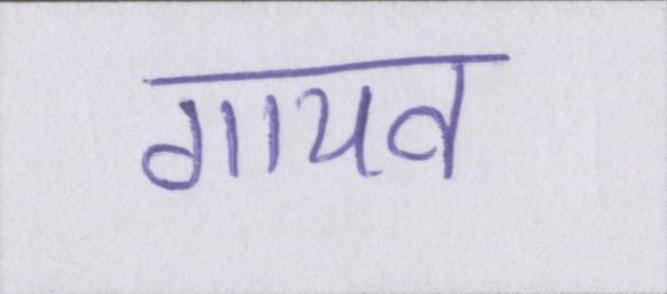
गायब